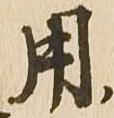
用